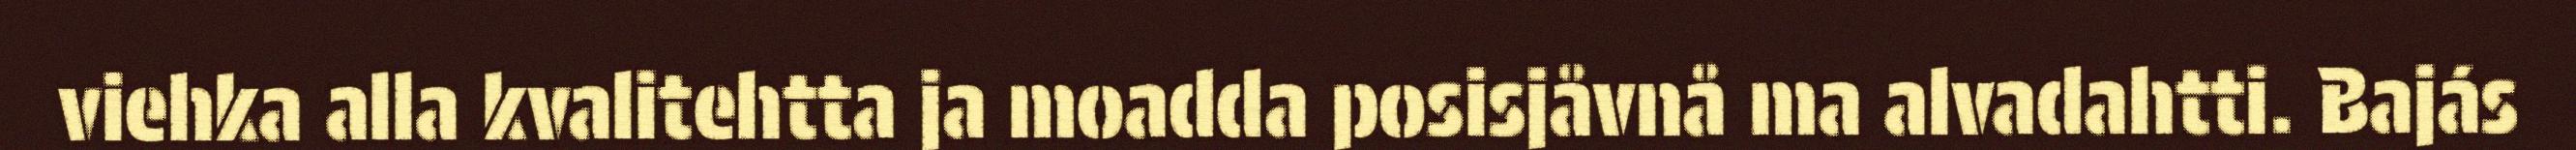
viehka alla kvalitehtta ja moadda posisjåvnå ma alvadahtti. Bajás